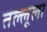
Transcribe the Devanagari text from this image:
तल्लूला